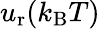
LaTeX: u_{\mathrm{r}}(k_{\mathrm{B}}T)